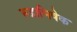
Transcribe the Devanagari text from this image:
रूद्राभिषेक